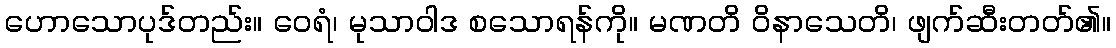
ဟောသောပုဒ်တည်း။ ဝေရံ၊ မုသာဝါဒ စသောရန်ကို။ မဏတိ ဝိနာသေတိ၊ ဖျက်ဆီးတတ်၏။